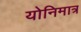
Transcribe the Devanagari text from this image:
योनिमात्र